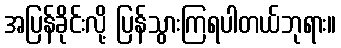
အပြန်ခိုင်းလို့ ပြန်သွားကြရပါတယ်ဘုရား။